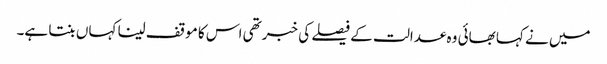
میں نے کہا بھائی وہ عدالت کے فیصلے کی خبر تھی اس کا موقف لینا کہاں بنتا ہے۔